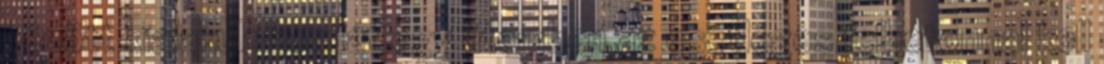
között kialakult bordát egy ütemben az esetleges felbetonnal kell